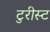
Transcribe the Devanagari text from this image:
टुरीस्ट